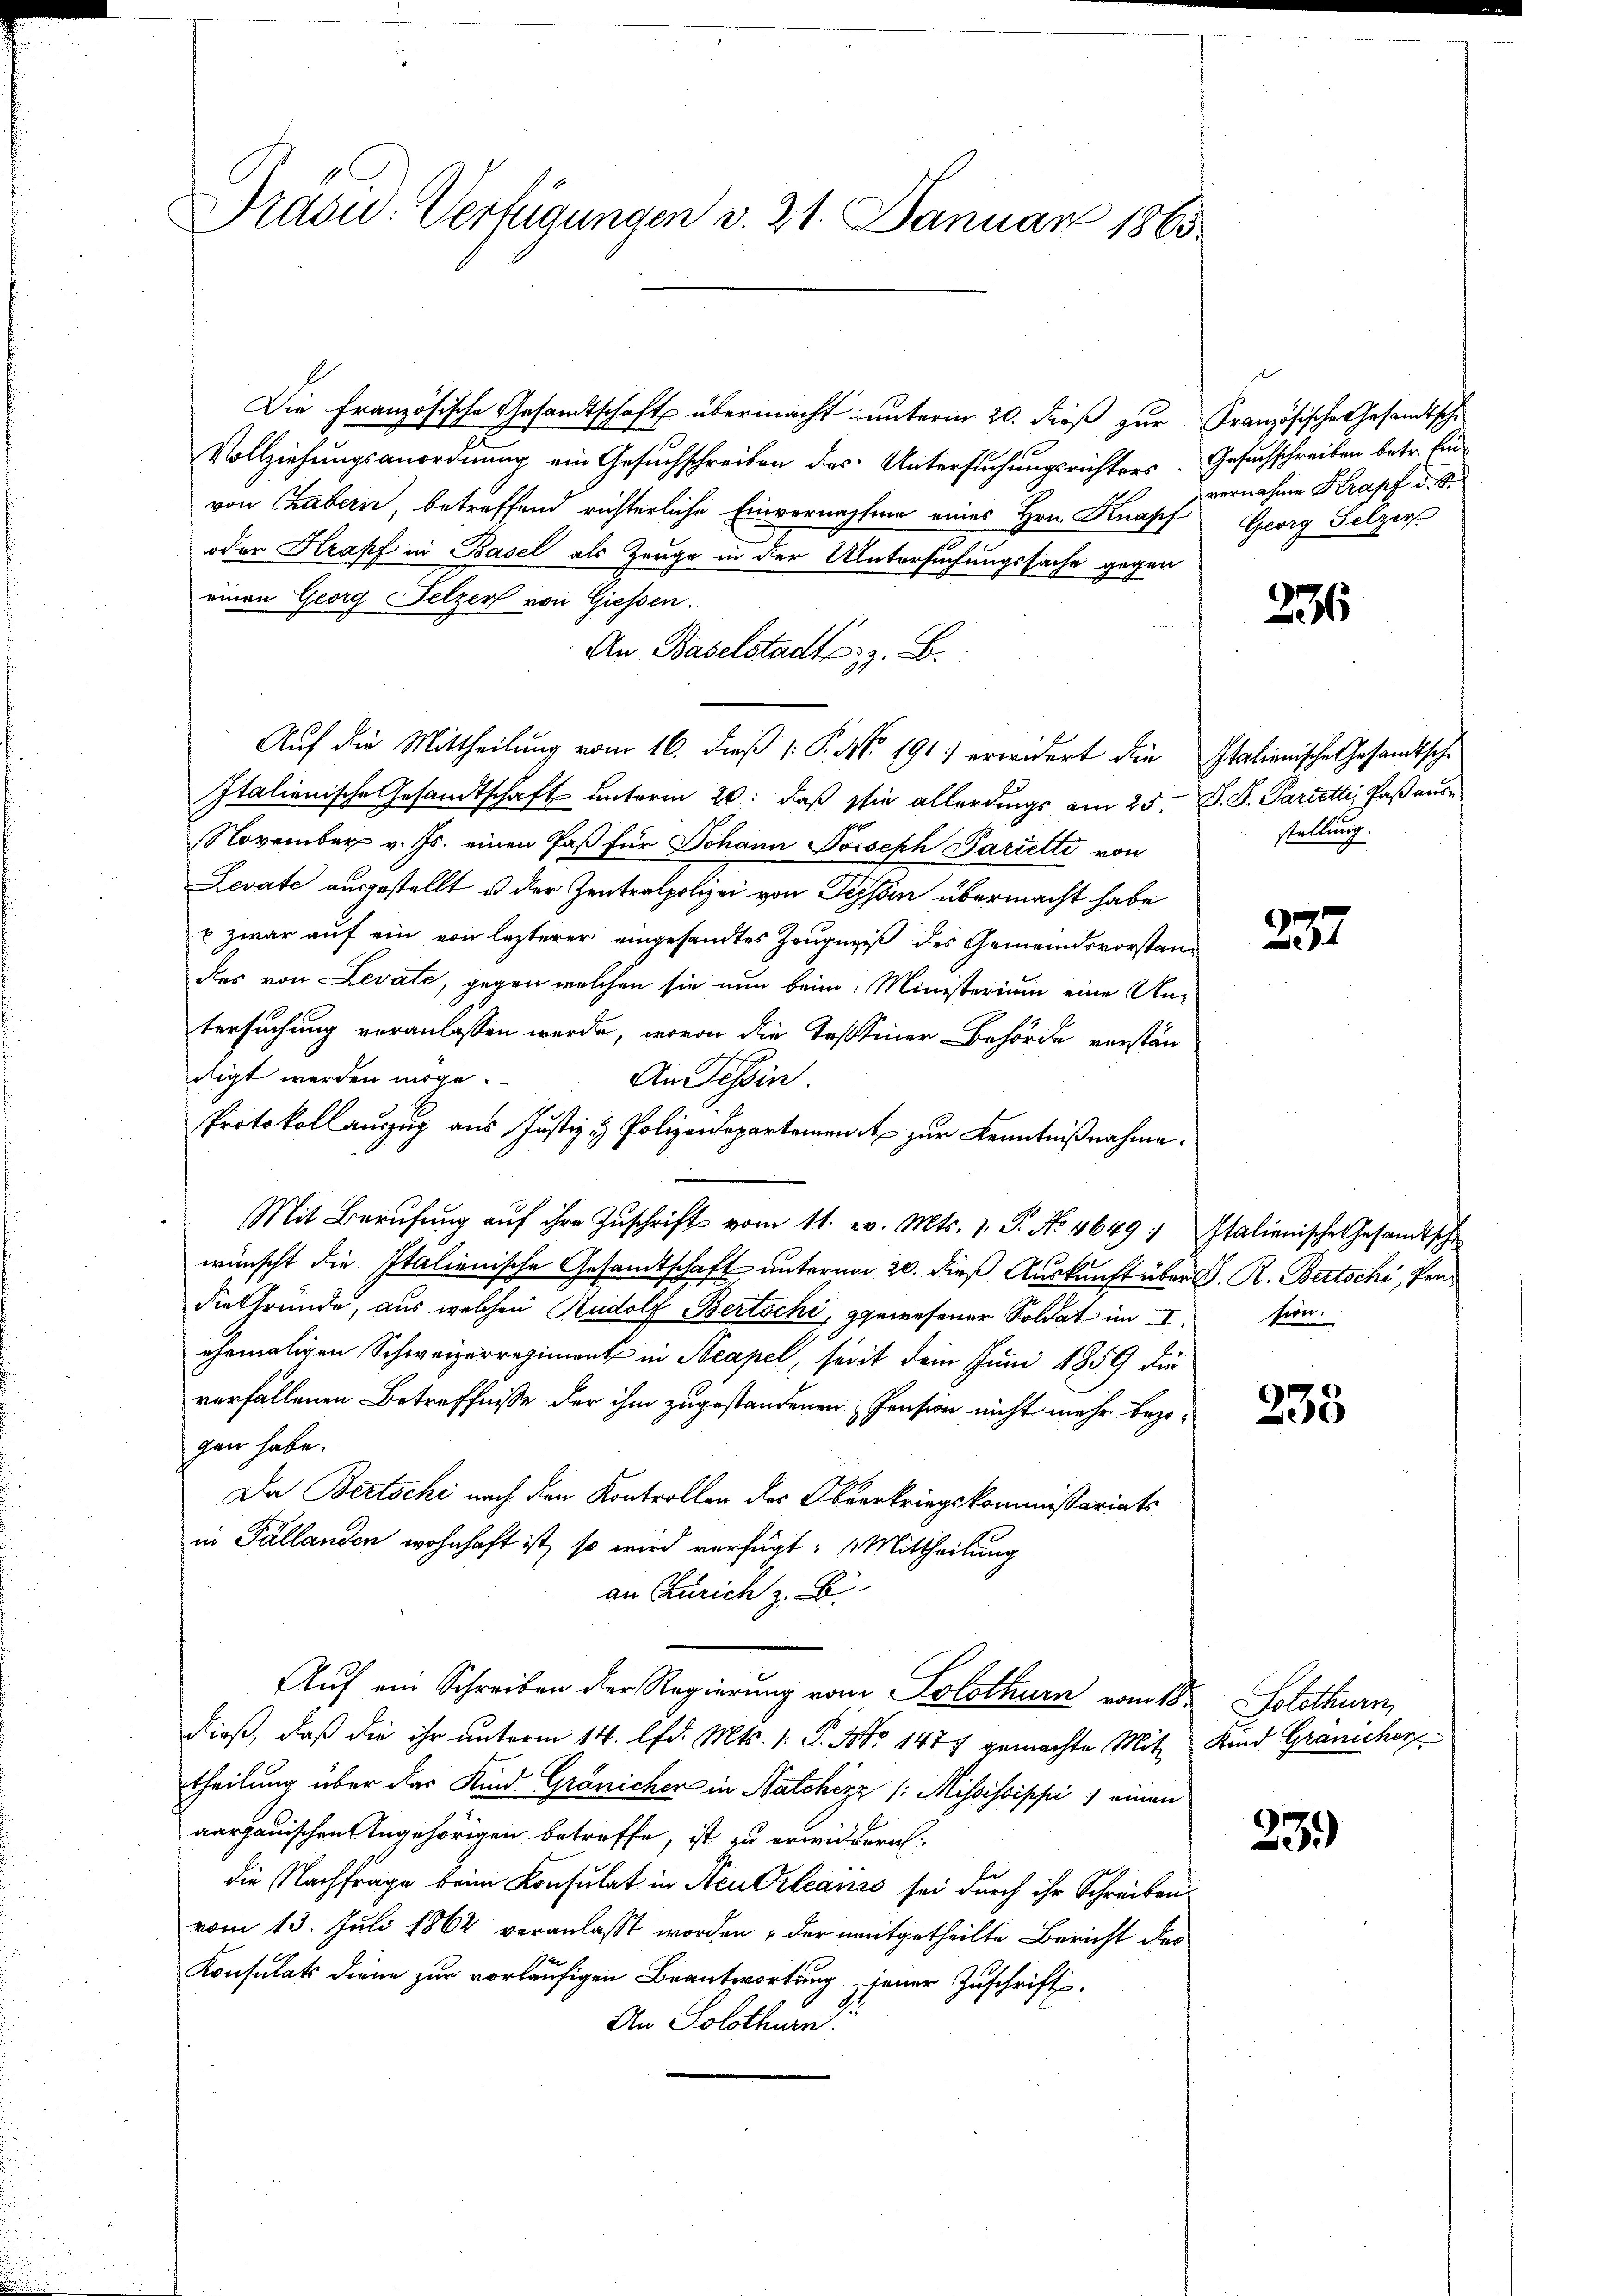
Präsid. Verfügungen v. 21. Januar 1865.

Die Französische Gesandtschaft übermacht unterm 20. dieß zur
Vollziehungsanordnung ein Gesuchschreiben des Untersuchungsrichters
von Trabern, betreffend richterliche Einvernahme eines Hrn. Knapf
oder Krapf in Basel als Zeuge in der Untersuchungssache gegen
einen Georg Selzer von Giessen.
An Baselstadts. z. B.
Auf die Mittheilung vom 16. dieß (: P. No. 191. erwidert die
Italienische Gesandtschaft unterm 20. daß sie allerdings am 25.
November v. Js. einen Paß für Johann Joseph Parietti von
Levate ausgestellt u der Zentralpolizei von Tessin übermacht habe
u zwar auf ein von lezterer eingesandtes Zeugniß des Gemeindsvorstandas von Levate, gegen welchen sie nun beim Ministerium eine Antersuchung veranlassen werde, wovon die Tessiner Behörde verständigt werden möge.
An Tessin.
Protokollauszug aus Justiz & Polizeidepartement zur Kenntnißnahme.
u
Mit Berŭfŭng aŭf ihre Zŭschrift vom 11. v. Mts. 1. P. No. 4649. Italienische Gesandtsche
wünscht die Italienische Gesandtschaft unterm 20. dieß Auskunft über J. R. Bertschi, Pradie Gründe, aus welchen Rudolf Bertschi, gewesener Soldat im I.
ehemaligen Schweizerregiment in Neapel, seit dem Juni 1859 die
verfällenen Betreffnisse der ihm zugestandenen Pension nicht mehr bezogen habe.
Da Bertschi nach den Kontrollen des Oberkriegskommißariats
in Fällanden wohnhaft ist, so wird verfügt: Mittheilung
an Zürich z. B.
Auf ein Schreiben der Regierung vom Solothurn vom 18.
dieß, daß die ihr unterm 14. lfd. Mts. 1. P. No 1477 gemachte Mit
theilung über das Kind Gränicher in Natchizz /: Mississippi einen
aargauischen Angehörigen betreffe, ist zu erwidern.
die Nachfrage beim Konsulat in Neu Orleanso sei durch ihr Schreiben
vom 13. Juli 1862 veranlasst worden, der mitgetheilte Bericht des
Konsulats diene zur vorläufigen Beantwortung jener Zuschrift
An Solothurn.

Französische Gesamtsche
Gesuchschreiben betr. Einvernahme Krapf u. S.
Georg Gelzer

236

Italienischen Gesandtsche
S. S. Parietti, Paß ausstellung.

237

sion.

235

Solothurn,
Kind Gränicher

23.)